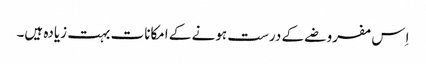
اِس مفروضے کے درست ہونے کے امکانات بہت زیادہ ہیں۔